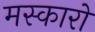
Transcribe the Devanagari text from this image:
मस्कारो